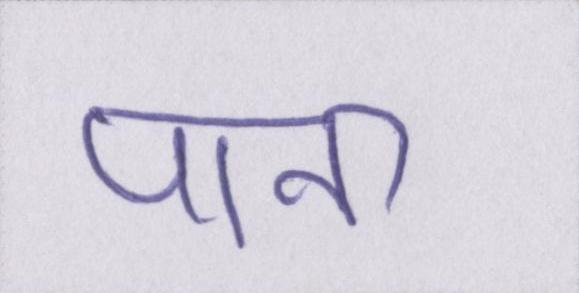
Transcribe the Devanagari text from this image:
पाना